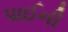
પાઈની